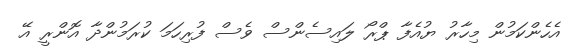
އެހެންކަމުން މިހާރު ޔުއެފާ ޕްރޯ ލައިސެންސް ވެސް ފުރިހަމަ ކުރަމުންދާ އޮންރީ އޭ